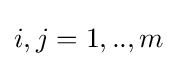
i,j=1,..,m